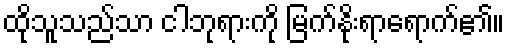
ထိုသူသည်သာ ငါဘုရားကို မြက်နိုးရာရောက်၏။